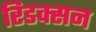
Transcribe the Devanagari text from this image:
रिडक्सन